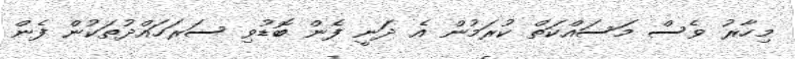
މިހާރު ވެސް މަސައްކަތް ކުރަމުން އެ ދަނީ ފެން ބޮޑުވި ސަރަހައްދުތަކުން ފެން